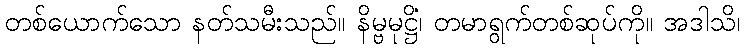
တစ်ယောက်သော နတ်သမီးသည်။ နိမ္ဗမုဋ္ဌိံ၊ တမာရွက်တစ်ဆုပ်ကို။ အဒါသိ၊